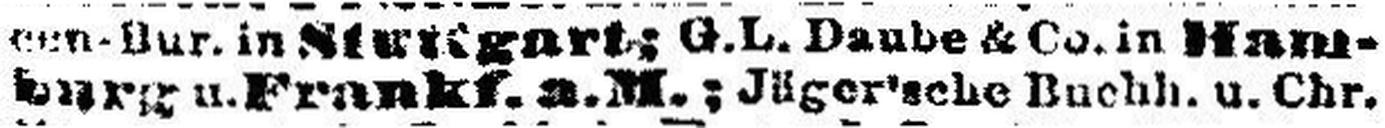
burg u. Frankf.a.M.; Jäger'sche Buchh. c. Chr¬